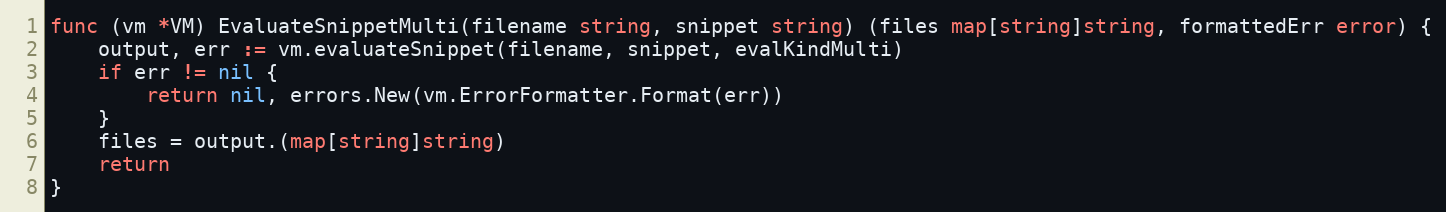
Language: Go
func (vm *VM) EvaluateSnippetMulti(filename string, snippet string) (files map[string]string, formattedErr error) {
	output, err := vm.evaluateSnippet(filename, snippet, evalKindMulti)
	if err != nil {
		return nil, errors.New(vm.ErrorFormatter.Format(err))
	}
	files = output.(map[string]string)
	return
}